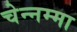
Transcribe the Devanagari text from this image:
चेन्‍नम्‍मा